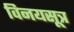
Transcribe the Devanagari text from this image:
विनयसूत्र